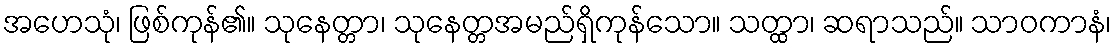
အဟေသုံ၊ ဖြစ်ကုန်၏။ သုနေတ္တာ၊ သုနေတ္တအမည်ရှိကုန်သော။ သတ္ထာ၊ ဆရာသည်။ သာဝကာနံ၊